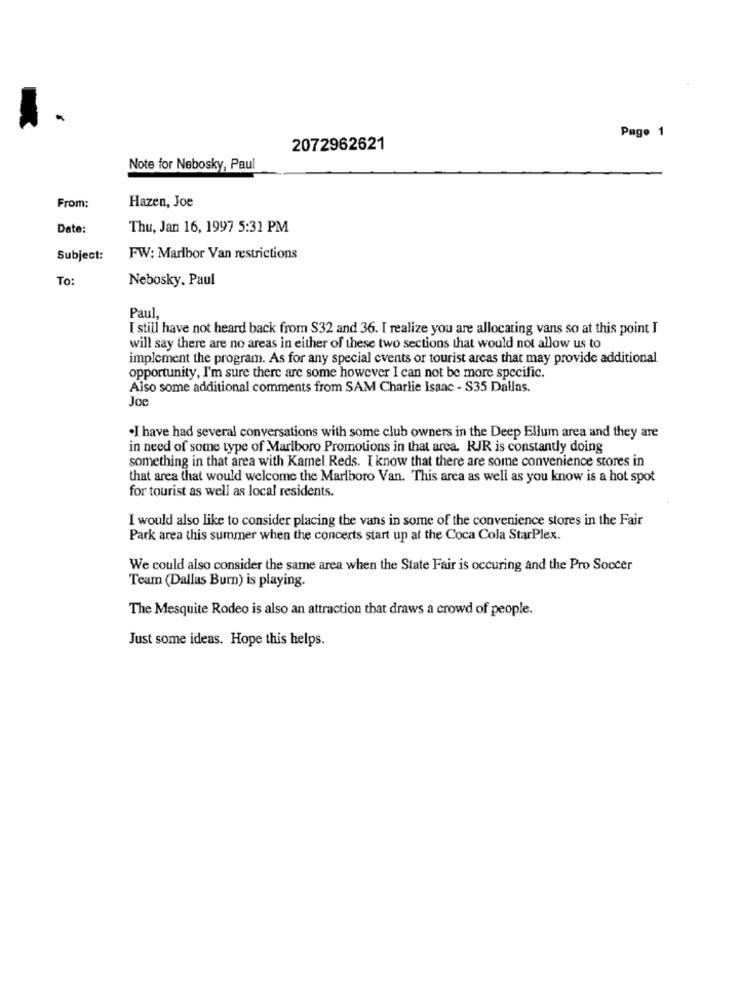
Page 1
2072962621
Note for Nebosky, Paul
Hazen, Joe
From:
Date:
Thu, Jan 16, 1997 5:31 PM
Subject:
FW: Marlbor Van restrictions
To:
Nebosky. Paul
Paul,
I still have not heard back from $32 and 36. I realize you are allocating vans so at this point I
will say there are no areas in either of these two sections that would not allow us to
implement the program. As for any special events or tourist areas that may provide additional
opportunity, I'm sure there are some however I can not be more specific.
Also some additional comments from SAM Charlie Isaac - $35 Dallas.
Joe
.I have had several conversations with some club owners in the Deep Ellum area and they are
in need of some type of Marlboro Promotions in that arca. RJR is constantly doing
something in that area with Kamel Reds. I know that there are some convenience stores in
that area that would welcome the Marlboro Van. This area as well as you know is a hot spot
for tourist as well as local residents.
I would also like to consider placing the vans in some of the convenience stores in the Fair
Park area this summer when the concerts start up at the Coca Cola StarPlex.
We could also consider the same area when the State Fair is occuring and the Pro Soccer
Team (Dallas Burn) is playing.
The Mesquite Rodeo is also an attraction that draws a crowd of people.
Just some ideas. Hope this helps.